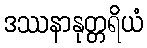
ဒဿနာနုတ္တရိယံ